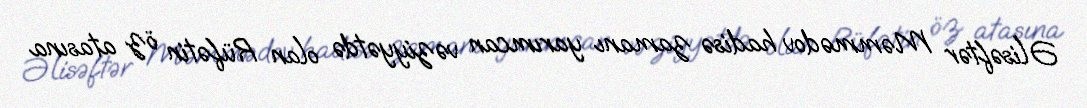
Əlisəftər Məmmədov hadisə zamanı yarımcan vəziyyətdə olan Rüfətin öz atasına